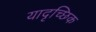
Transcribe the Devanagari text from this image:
यादृच्‍छिक